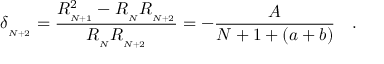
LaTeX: \delta _ { _ { N + 2 } } = \frac { R _ { _ { N + 1 } } ^ { 2 } - R _ { _ N } R _ { _ { N + 2 } } } { R _ { _ N } R _ { _ { N + 2 } } } = - \frac { A } { N + 1 + ( a + b ) } \quad .